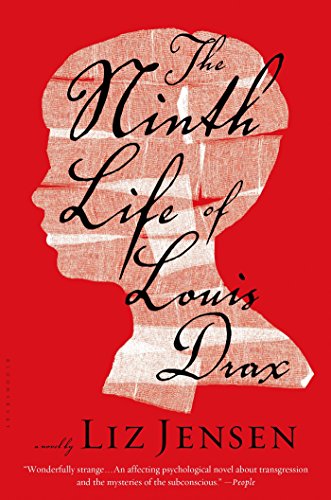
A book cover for The Ninth Life of Louis Drax; Liz Jensen; Literature & Fiction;